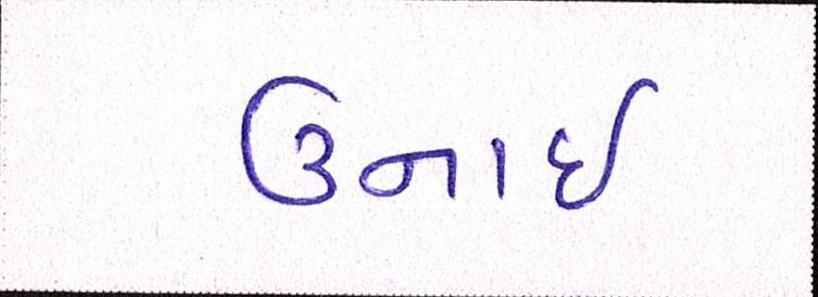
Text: ઉનાઈ